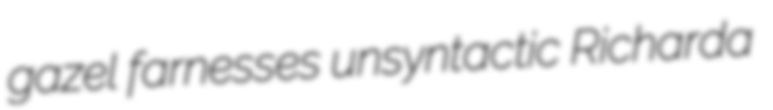
gazel farnesses unsyntactic Richarda